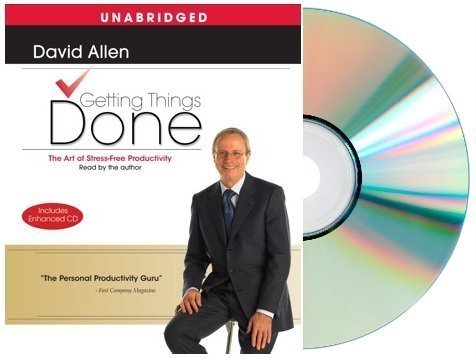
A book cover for Getting Things Done: GETTING THINGS DONE Audiobook:The Art Of Stress-Free Productivity (Audio CD) by David Allen [Audiobook, Unabridged] (Getting Things Done); David Allen; Business & Money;